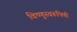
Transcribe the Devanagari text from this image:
विष्णुस्वरूपिणी